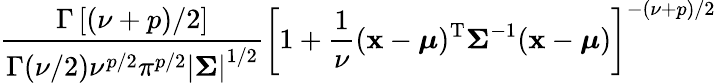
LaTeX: {\frac{\Gamma\left[(\nu+p)/2\right]}{\Gamma(\nu/2)\nu^{p/2}\pi^{p/2}\left|{\boldsymbol{\Sigma}}\right|^{1/2}}}\left[1+{\frac{1}{\nu}}({\mathbf{x}}-{\boldsymbol{\mu}})^{\mathrm{{T}}}{\boldsymbol{\Sigma}}^{-1}({\mathbf{x}}-{\boldsymbol{\mu}})\right]^{-(\nu+p)/2}